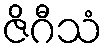
ဇိဂီသံ